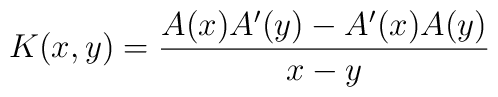
K(x,y) = {A(x) A^\prime(y) - A^\prime(x) A(y) \over x-y}